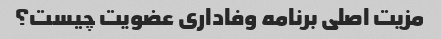
مزیت اصلی برنامه وفاداری عضویت چیست؟